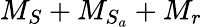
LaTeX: M_{S}+M_{S_{a}}+M_{r}